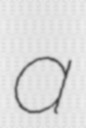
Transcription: a